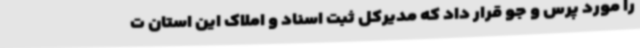
را مورد پرس و جو قرار داد که مدیرکل ثبت اسناد و املاک این استان ت